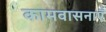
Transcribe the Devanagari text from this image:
कामवासनाएँ